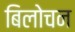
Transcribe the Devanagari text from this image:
बिलोचन